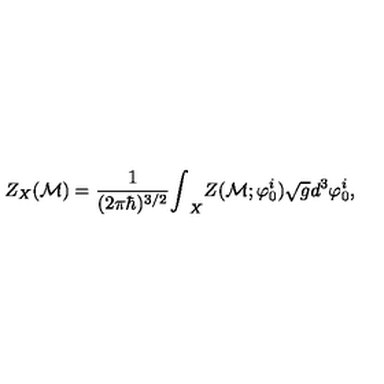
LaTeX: Z _ { X } ( { \cal M } ) = \frac { 1 } { ( 2 \pi \hbar ) ^ { 3 / 2 } } { \int } _ { X } Z ( { \cal M } ; { \varphi } _ { 0 } ^ { i } ) \sqrt { g } d ^ { 3 } { \varphi } _ { 0 } ^ { i } ,